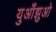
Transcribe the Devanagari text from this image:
युआँझुओ